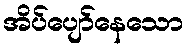
အိပ်ပျော်နေသော